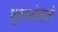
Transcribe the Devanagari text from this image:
फुदकनेवाले